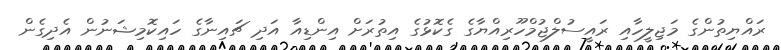
ރައްޔިތުންގެ މަޖިލީހާއި ރައީސުލްޖުމްހޫރިއްޔާގެ ގެކޮޅުގެ އިތުރަށް އިންޑިއާ އަދި ޗައިނާގެ ހައިކޮމިޝަނުން އެދިގެން